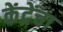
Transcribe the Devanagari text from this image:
केंद्रेंचा